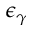
\epsilon _ { \gamma }